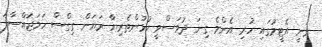
ވަނީ އެޓީމުގައި ހުރި އެންމެ ގިނަ ދުވަސްވީ ކުޅުންތެރިޔާ ރަޔަން ގިގްސް ހަމަޖައްސާފަ